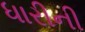
ધારીની